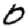
Digit: 0